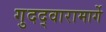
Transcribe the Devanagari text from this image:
गुदद्वारामार्गे